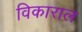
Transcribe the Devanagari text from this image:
विकाराल